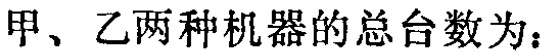
甲、乙两种机器的总台数为：